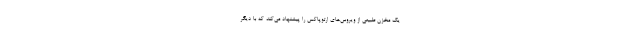
یک مخزن طبیعی از ویروس‌های ارتوپاکس را پیشنهاد می‌کند که با دیگر